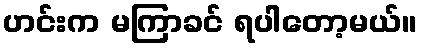
ဟင်းက မကြာခင် ရပါတော့မယ်။